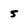
Character: 5